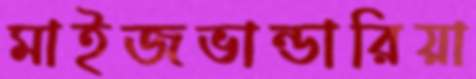
মাইজভান্ডারিয়া